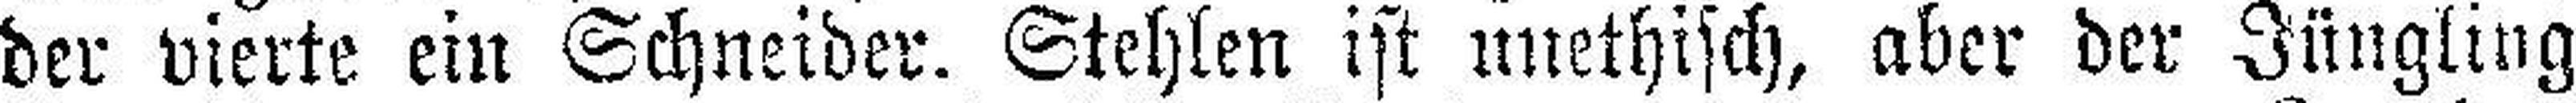
der vierte ein Schneider. Stehlen ist unethisch, aber der Jüngling